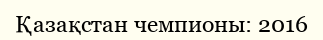
Қазақстан чемпионы: 2016